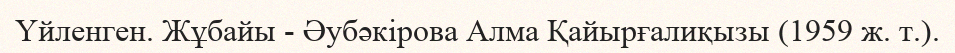
Үйленген. Жұбайы - Әубәкірова Алма Қайырғалиқызы (1959 ж. т.).